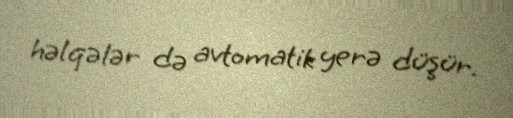
həlqələr də avtomatik yerə düşür.